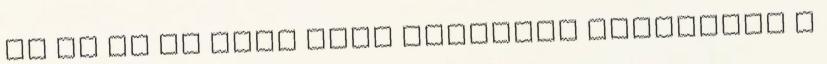
ez az út el kell hogy vezessen bennünket a